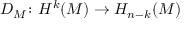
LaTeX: D _ { M } \colon H ^ { k } ( M ) \to H _ { n - k } ( M )